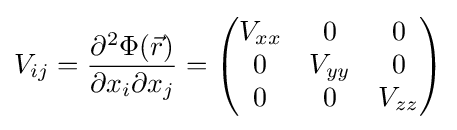
V_{ij}={\frac {\partial ^{2}\Phi ({\vec {r}})}{\partial x_{i}\partial x_{j}}}={\begin{pmatrix}V_{xx}&0&0\\0&V_{yy}&0\\0&0&V_{zz}\\\end{pmatrix}}